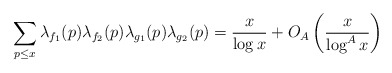
\begin{align*} \sum_{p\leq x}\lambda_{f_1}(p)\lambda_{f_2}(p)\lambda_{g_1}(p)\lambda_{g_2}(p)=\frac{x}{\log x}+O_A\left(\frac{x}{\log^A x}\right)\end{align*}